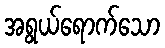
အရွယ်ရောက်သော